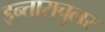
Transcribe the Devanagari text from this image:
इन्ताराचुलर